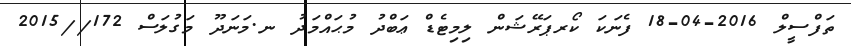
ތަފްސީލް 2016-04-18 ފެނަކަ ކޯރޕަރޭޝަން ލިމިޓެޑް ޢަބްދު މުޙައްމަދު ނ.މަނަދޫ މަގުލަސް 172//2015